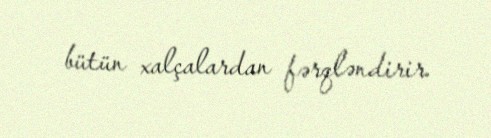
bütün xalçalardan fərqləndirir.